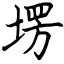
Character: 塄